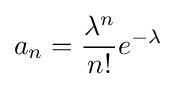
a_{n}={\frac {\lambda ^{n}}{n!}}e^{-\lambda }